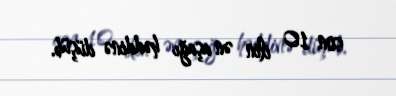
son 10 ilin ən aşağı həddinə düşüb.